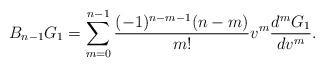
LaTeX: \begin{align*} B_{n-1}G_1=\sum_{m=0}^{n-1}\frac{(-1)^{n-m-1}(n-m)}{m!}v^m\frac{d^mG_1}{dv^m}.\end{align*}